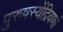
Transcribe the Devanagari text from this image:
पुरुषस्येंद्रियणां